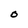
Character: O